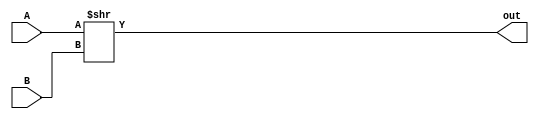
module bitshiftright(out,A,B);
parameter width =32;


output [width-1:0] out;
input [width-1:0] A,B;

assign out = A >> B;

endmodule